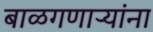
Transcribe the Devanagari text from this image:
बाळगणाऱ्यांना